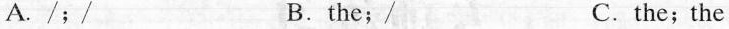
A./; / B.the; / C.the; the